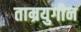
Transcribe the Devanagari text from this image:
ताम्रयुगीन